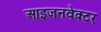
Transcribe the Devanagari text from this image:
आइजनवेक्टर